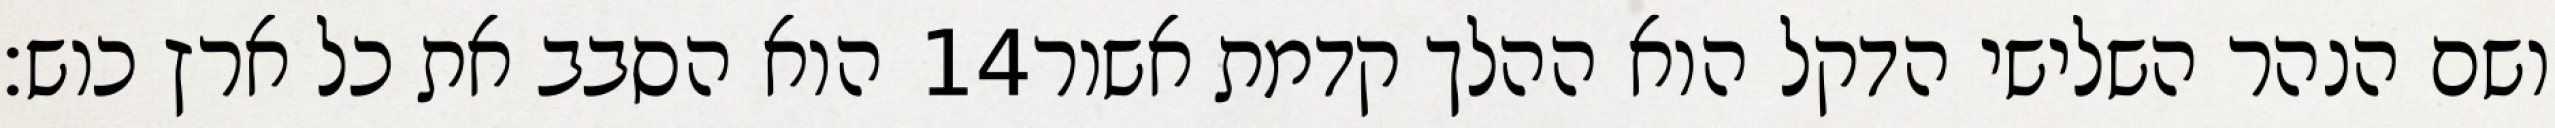
הוא הסבב את כל ארץ כוש׃ ‎14‏ ושם הנהר השלישי הדקל הוא ההלך קדמת אשור